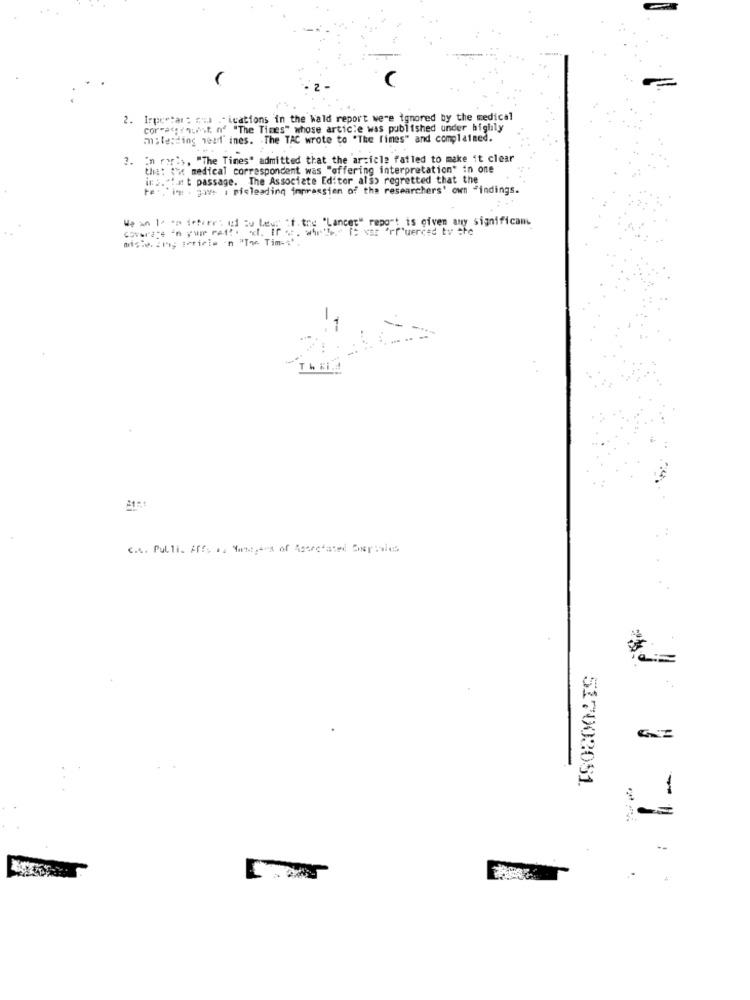
2. Irpetar : ned . ications in the Wald report were ignored by the medical
corras inList of "The Times" whose article was published under biglily
m;terding neaf ines. The TAC wrote to "The Times" and complained.
2.
3. In ry:>, "The Times" admitted that the article fatled to make it clear
the: the medical correspondent was "offering interpretation" in one
in2. hat passage. The Associate Editor als> regretted that the
te' ,'ing . have i misleading impressien of the researchers' own "indings.
We an 1º on seturr: uf au heat of the "Lancer" report is given any significam
Coverage 'n yum ret! . x. If . 4. 1= xat "rf'uerced by the
517002051
1
..